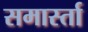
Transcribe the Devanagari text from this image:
समार्स्ता